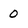
Character: 0